画像に写った文字を読んでください
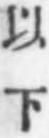
「以下」と書いてあります